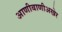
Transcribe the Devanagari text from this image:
आणीबाणीअखेर